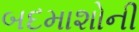
બદમાશોની